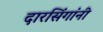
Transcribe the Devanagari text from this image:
दारसिंगांनी